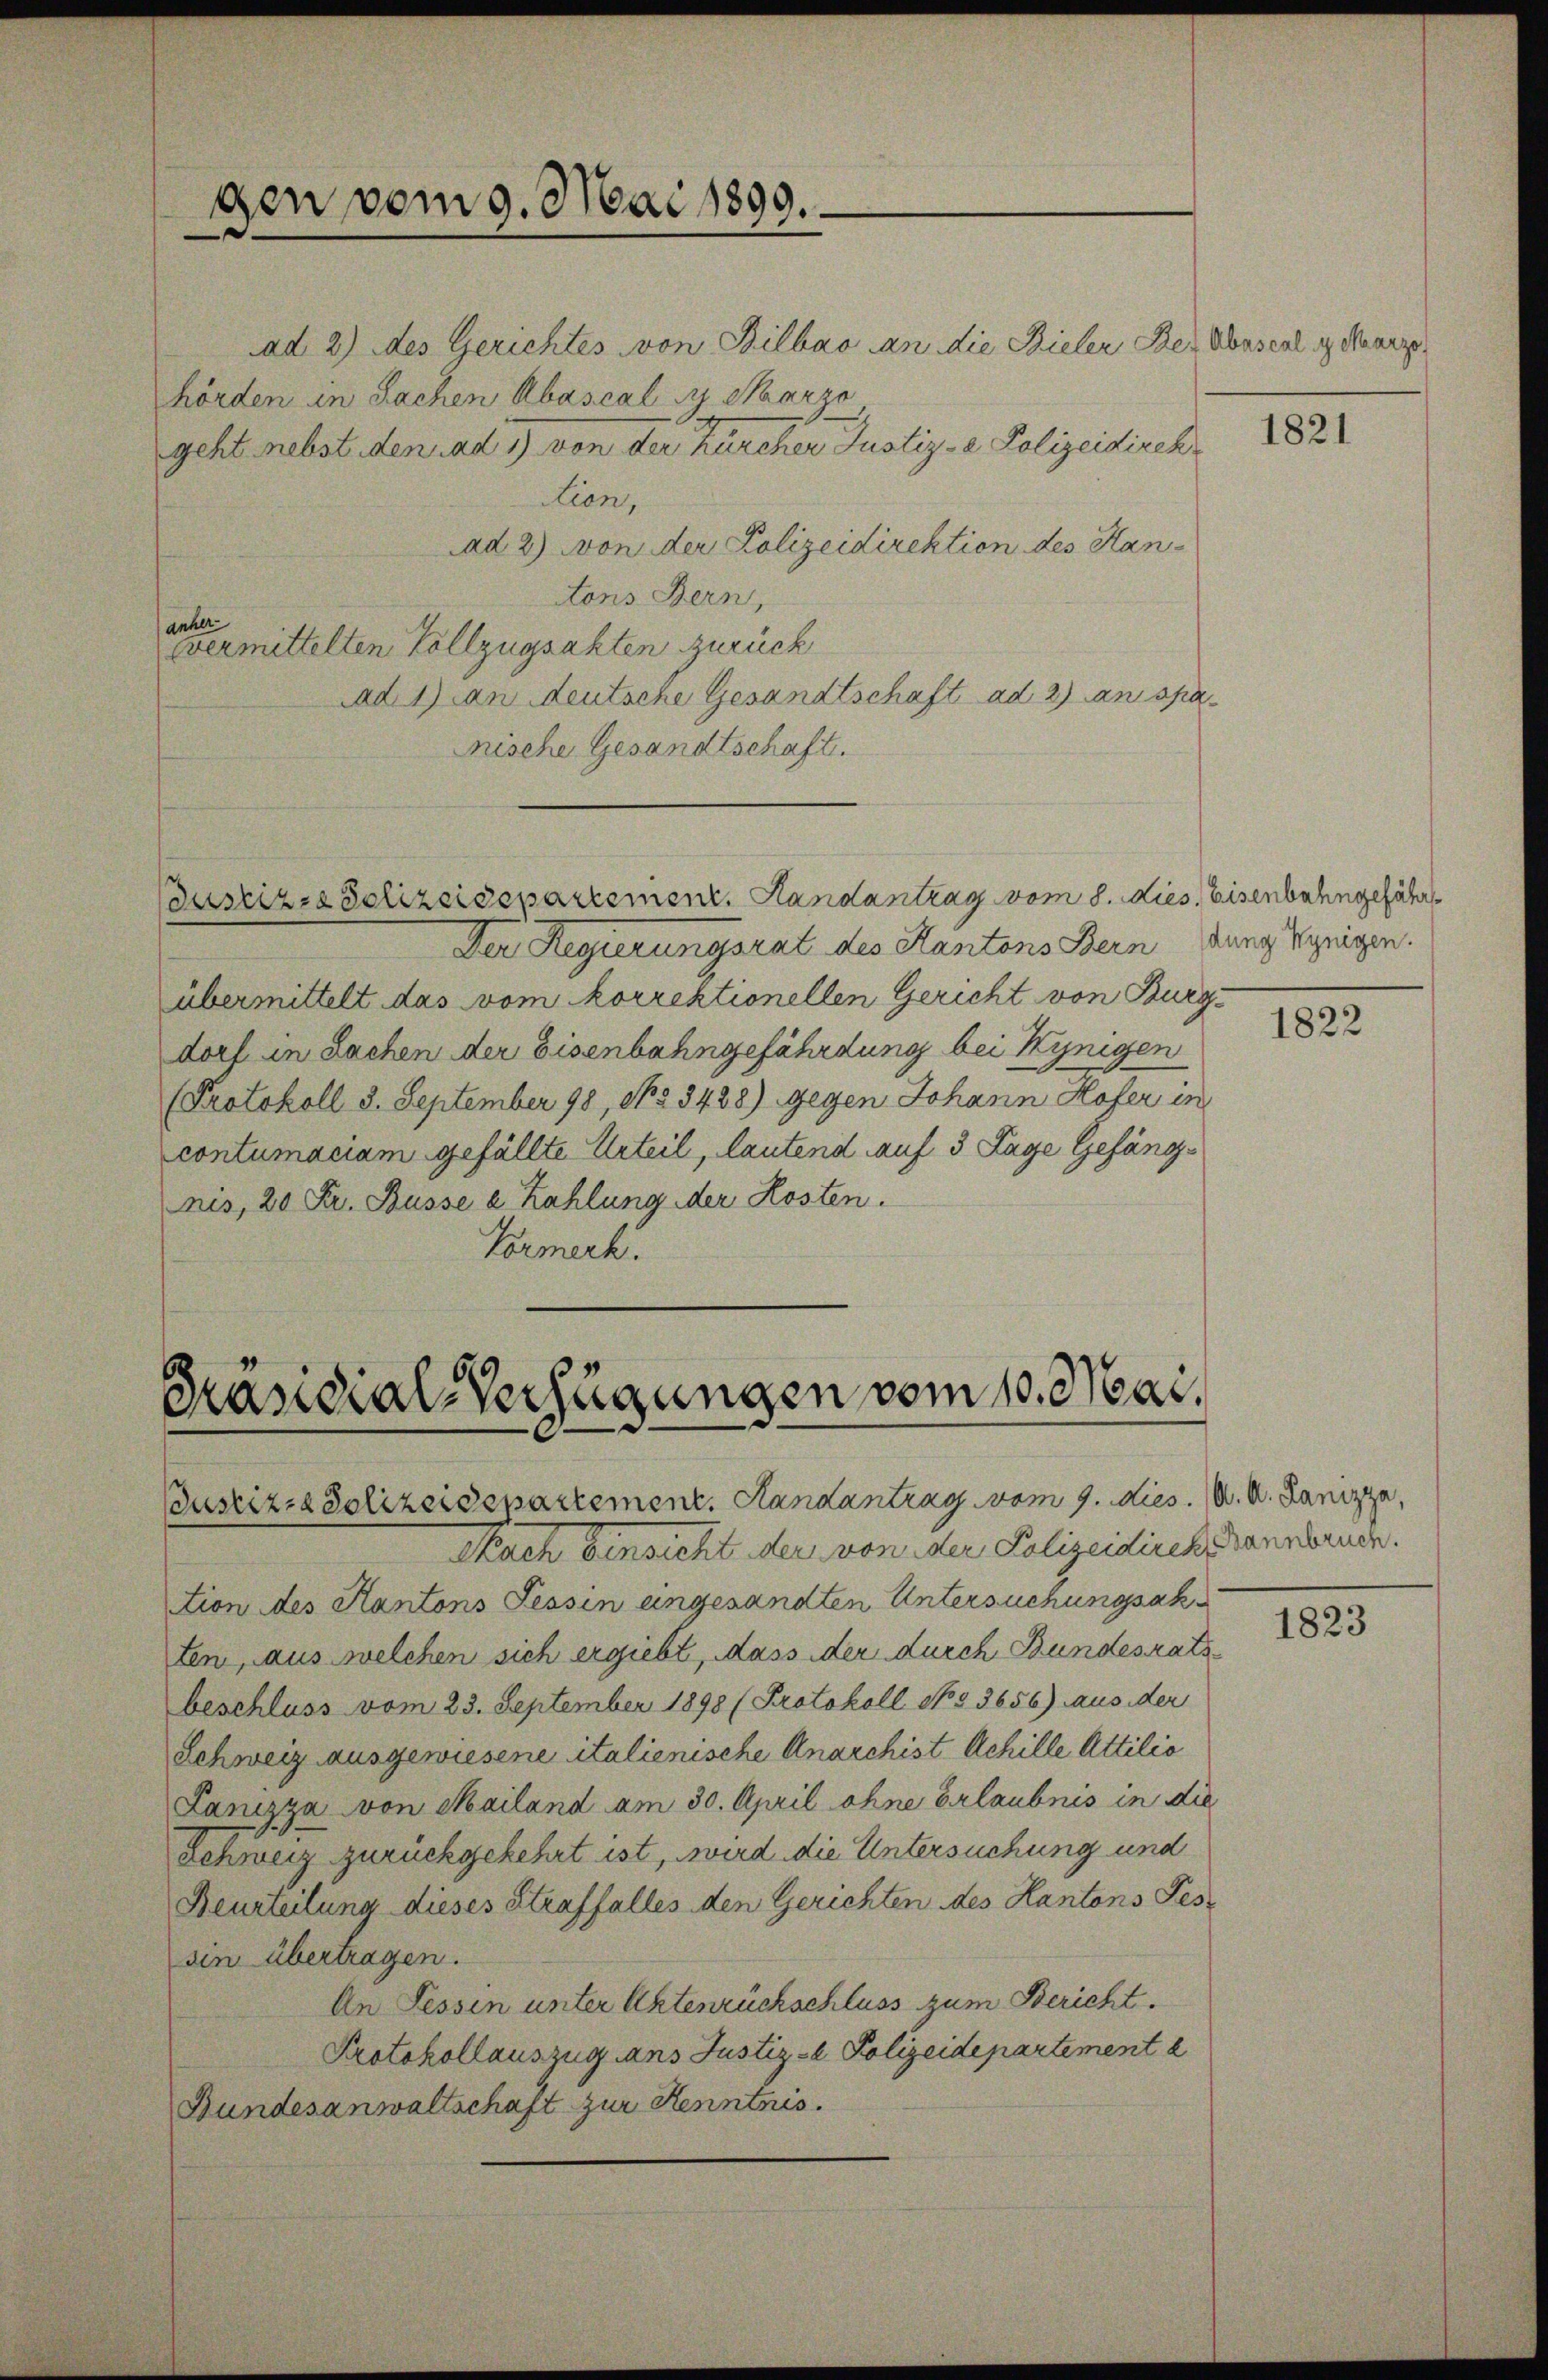
gen vom 9. Mai 1899.

ad 2.) Des Gerichtes von Bilbar an die Bieler Bei Waserl gehener
hörden in Sachen Abascal  Saarze
geht nebst den ad 1) von der Zürcher Justiz- & Polizeidirch
ction,
Aad 2) von der Polizeidirektion des Hantons Bern,
anher
vermittelten Vollzugsakten zurück
ad 1) an deutsche Gesandtschaft ad 2) an spa
nische Gesandtschaft.

Daskizze Polizeidepartement. Handantrag vom 8. Lies. Eisenbahngefähr
Der Regierungsrat des Kantons Bern ung zeigen.
übermittelt das vom korrektionellen Gericht von Burg
dorf in Sachen der Eisenbahngefährdung bei Kynigen
(Protokoll 3. September 98, No 3428) gegen Johann Hofer in
contumaciam gefällte Urteil, lautend auf 3 Tage Gefängnis, 20 Fr. Busse a Zahlung der Kosten.
Vormerk.

Präsidial-Verfügungen vom 10. Mar
Justiz- & Polizeidepartement. Handantrag vom 9. dies. A. A. Lanizza,

Nach Einsicht der von der Polizeidiecks Bannbruck.
tion des Kantons Tessin angesandten Untersuchungsak
ten, aus welchen sich ergiebt, dass der durch Bundesrats
beschluss vom 23. September 1898 (Protokoll No 3656) aus der
Schweiz ausgewiesene italienische Anarchist Achille Attilio
Lanizza von Mailand am 30. April ohne Erlaubnis in die
Schweiz zurückgekehrt ist, wird die Untersuchung und
Beurteilung dieses Straffalles den Gerichten des Kantons Tes-
sin übertragen.
An Fessen unter Aktenrückschluss zum Bericht.
Protokollauszug ans Justiz- u. Polizeidepartement e
Bundesanwaltschaft zur Kenntnis.

1821

1822

1823